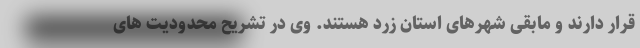
قرار دارند و مابقی شهرهای استان زرد هستند. وی در تشریح محدودیت های